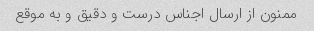
ممنون از ارسال اجناس درست و دقیق و به موقع